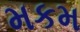
મકમ